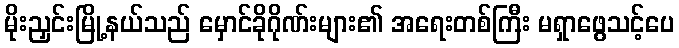
မိုးညှင်းမြို့နယ်သည် မှောင်ခိုဂိုဏ်းများ၏ အရေးတစ်ကြီး မရှာဖွေသင့်ပေ